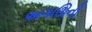
અગાઊની